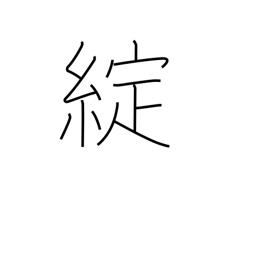
Meaning: ripped